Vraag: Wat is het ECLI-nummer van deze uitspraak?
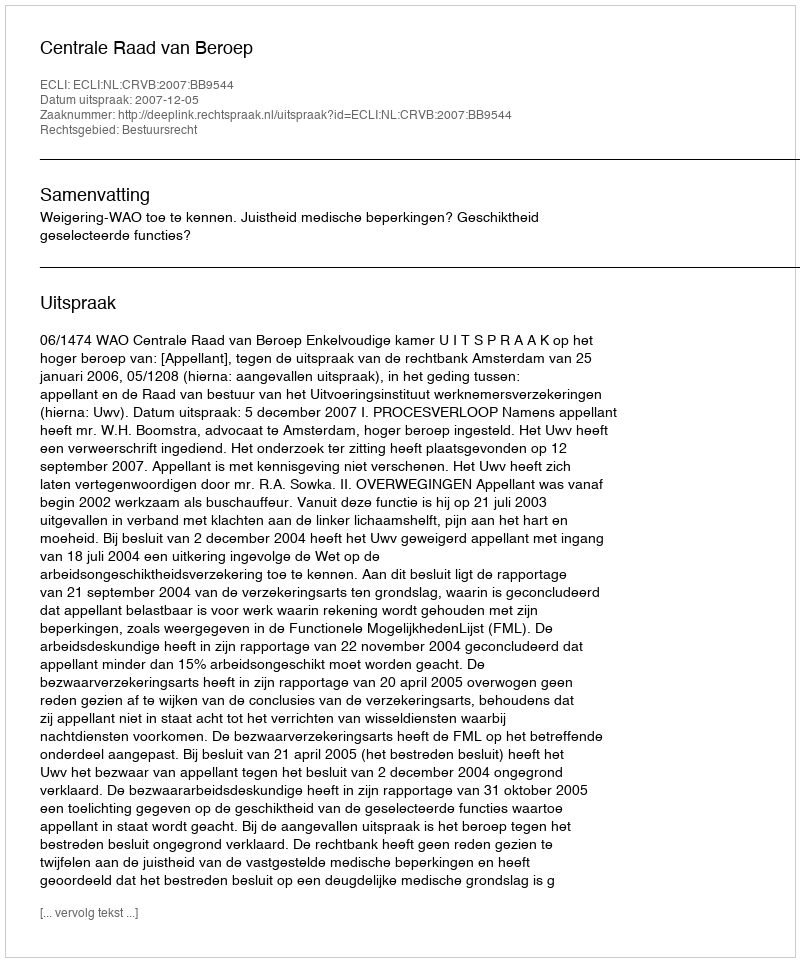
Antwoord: ECLI:NL:CRVB:2007:BB9544